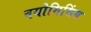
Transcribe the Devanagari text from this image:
वयोमिसिंग